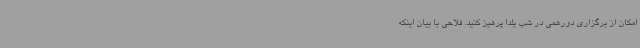
امکان از برگزاری دورهمی در شب یلدا پرهیز کنید. فلاحی با بیان اینکه